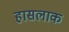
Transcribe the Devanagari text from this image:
हासलाक